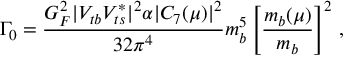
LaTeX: \Gamma _ { 0 } = { \frac { G _ { F } ^ { 2 } | V _ { t b } V _ { t s } ^ { * } | ^ { 2 } \alpha | C _ { 7 } ( \mu ) | ^ { 2 } } { 3 2 \pi ^ { 4 } } } m _ { b } ^ { 5 } \left[ \frac { m _ { b } ( \mu ) } { m _ { b } } \right] ^ { 2 } \, ,